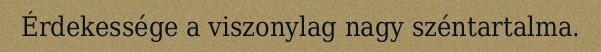
Érdekessége a viszonylag nagy széntartalma.